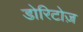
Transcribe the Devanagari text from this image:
डोरिटोज़